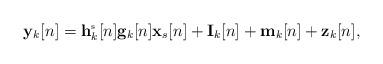
LaTeX: \begin{align*}\mathbf{y}_{k}[n]=\mathbf{h}_{k}^{\mbox{\tiny{s}}}[n]\mathbf{g}_{k}[n]\mathbf{x}_s[n]+ \mathbf{I}_k[n]+\mathbf{m}_k[n]+\mathbf{z}_{k}[n],\end{align*}